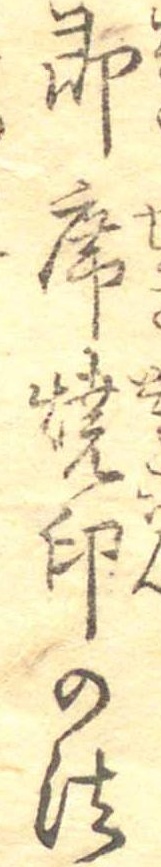
即席焼印の法